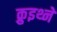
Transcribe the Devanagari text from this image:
क्रुइथ्ने